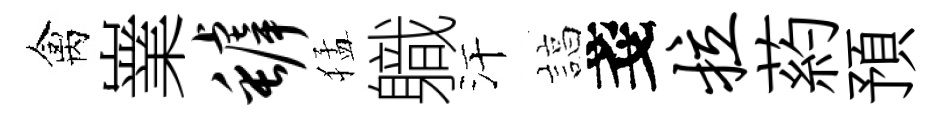
禽嶪罅猛軄汗諄戔拉葯預